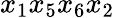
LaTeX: {x_{1}x_{5}x_{6}x_{2}}